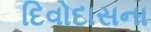
દિવોદાસના